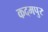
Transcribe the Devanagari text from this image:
कदमपुर